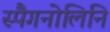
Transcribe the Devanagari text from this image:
स्पैगनोलिनि